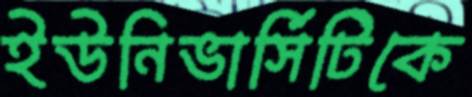
ইউনিভার্সিটিকে